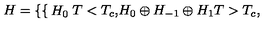
H = \left\{ \begin{cases} { H _ { 0 } } & { T < T _ { c } , } \\ { H _ { 0 } \oplus H _ { - 1 } \oplus H _ { 1 } } & { T > T _ { c } , } \\ \end{cases} \right.